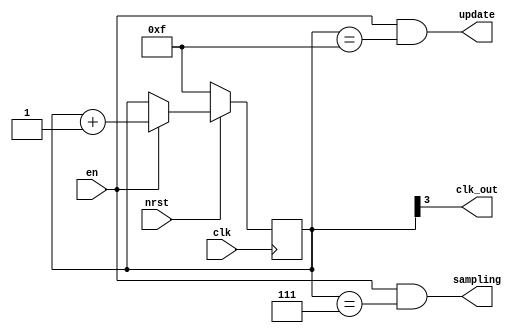
`timescale 1ns / 1ps

// clock divider (16MHz -> 1MHz)

module rategen(
    input clk,
    input nrst,
	 input en,
    output clk_out,
	 output sampling,
	 output update
);
 
reg [3:0] cntr;

	always @ (posedge clk)
	begin
		if(!nrst)
			cntr <= 15;
		else if(en)
			cntr <= cntr + 1;
		else
			cntr <= cntr;	
	end

	assign clk_out = cntr[3];
	assign sampling = (en & (cntr==7));
	assign update = (en & (cntr==15));

endmodule